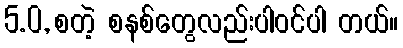
5.0, စတဲ့ စနစ်တွေလည်းပါဝင်ပါ တယ်။